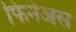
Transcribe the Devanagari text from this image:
फिनेअस